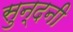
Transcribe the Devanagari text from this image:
सुन्दनी